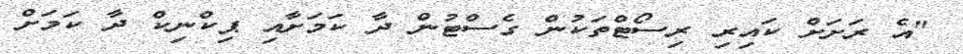
"އެ ރަށަށް ކައިރި ރިސޯޓްތަކުން ގެސްޓުން ދާ ކަމަށާއި ޕިކްނިކް ދާ ކަމަށް